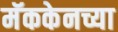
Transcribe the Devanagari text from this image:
मॅककेनच्या